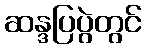
ဆန္ဒပြပွဲတွင်